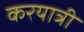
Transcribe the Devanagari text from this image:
करयात्री